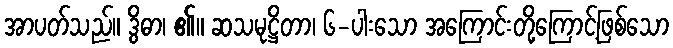
အာပတ်သည်။ ဒွိဓာ၊ ၏။ ဆသမုဋ္ဌိတာ၊ ၆-ပါးသော အကြောင်းတို့ကြောင့်ဖြစ်သော